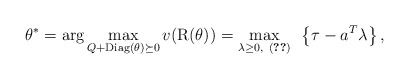
\begin{align*}\theta^*={\rm arg}\max_{Q+{\rm Diag}(\theta)\succeq 0} v({\rm R(\theta)})=\max_{\lambda\ge0, ~ (\ref{cc}) }~ \left\{\tau-a^T\lambda\right\},\end{align*}